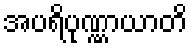
အပရိပုဏ္ဏာယာတိ